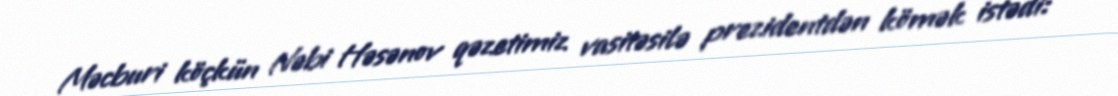
Məcburi köçkün Nəbi Həsənov qəzetimiz vasitəsilə prezidentdən kömək istədi: